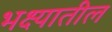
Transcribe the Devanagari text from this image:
भक्ष्यातील